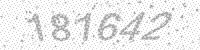
Solution: 181642